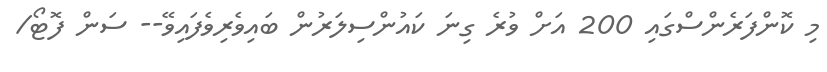
މި ކޮންފަރެންސްގައި 200 އަށް ވުރެ ގިނަ ކައުންސިލަރުން ބައިވެރިވެފައިވޭ-- ސަން ފޮޓޯ/